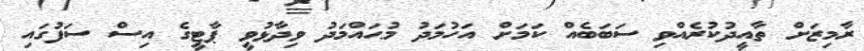
ރާމިޒަށް ތާއީދުކުރެއްވި ސަބަބެއް ކަމަށް އަހުމަދު މުޙައްމަދު ވިދާޅުވީ ޕާޓީގެ އިސް ސަފުގައި